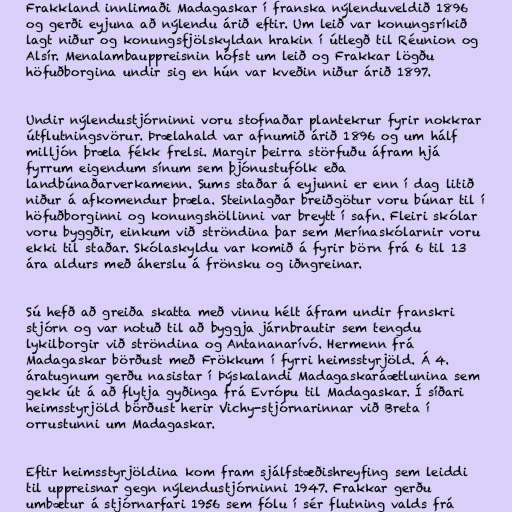
Frakkland innlimaði Madagaskar í franska nýlenduveldið 1896
og gerði eyjuna að nýlendu árið eftir. Um leið var konungsríkið
lagt niður og konungsfjölskyldan hrakin í útlegð til Réunion og
Alsír. Menalambauppreisnin hófst um leið og Frakkar lögðu
höfuðborgina undir sig en hún var kveðin niður árið 1897.

Undir nýlendustjórninni voru stofnaðar plantekrur fyrir nokkrar
útflutningsvörur. Þrælahald var afnumið árið 1896 og um hálf
milljón þræla fékk frelsi. Margir þeirra störfuðu áfram hjá
fyrrum eigendum sínum sem þjónustufólk eða
landbúnaðarverkamenn. Sums staðar á eyjunni er enn í dag litið
niður á afkomendur þræla. Steinlagðar breiðgötur voru búnar til í
höfuðborginni og konungshöllinni var breytt í safn. Fleiri skólar
voru byggðir, einkum við ströndina þar sem Merínaskólarnir voru
ekki til staðar. Skólaskyldu var komið á fyrir börn frá 6 til 13
ára aldurs með áherslu á frönsku og iðngreinar.

Sú hefð að greiða skatta með vinnu hélt áfram undir franskri
stjórn og var notuð til að byggja járnbrautir sem tengdu
lykilborgir við ströndina og Antananarívó. Hermenn frá
Madagaskar börðust með Frökkum í fyrri heimsstyrjöld. Á 4.
áratugnum gerðu nasistar í Þýskalandi Madagaskaráætlunina sem
gekk út á að flytja gyðinga frá Evrópu til Madagaskar. Í síðari
heimsstyrjöld börðust herir Vichy-stjórnarinnar við Breta í
orrustunni um Madagaskar.

Eftir heimsstyrjöldina kom fram sjálfstæðishreyfing sem leiddi
til uppreisnar gegn nýlendustjórninni 1947. Frakkar gerðu
umbætur á stjórnarfari 1956 sem fólu í sér flutning valds frá